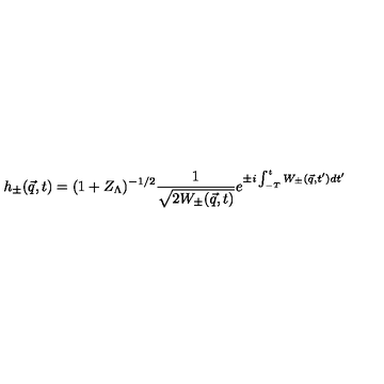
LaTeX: h _ { \pm } ( { \vec { q } } , t ) = ( 1 + Z _ { \Lambda } ) ^ { - 1 / 2 } \frac { 1 } { \sqrt { 2 W _ { \pm } ( { \vec { q } } , t ) } } e ^ { \pm i \int _ { - T } ^ { t } W _ { \pm } ( { \vec { q } } , t ^ { \prime } ) d t ^ { \prime } }